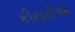
કીનારીઓ